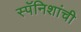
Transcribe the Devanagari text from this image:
स्पॅनिशांची